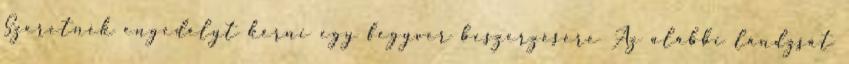
Szeretnék engedélyt kérni egy fegyver beszerzésére Az alábbi lándzsát